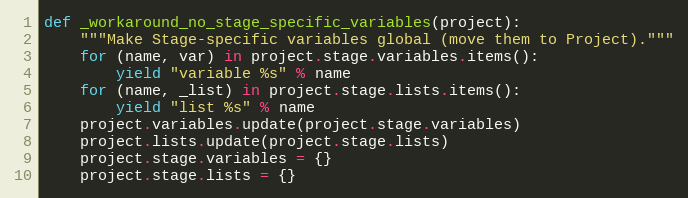
Language: Python
def _workaround_no_stage_specific_variables(project):
    """Make Stage-specific variables global (move them to Project)."""
    for (name, var) in project.stage.variables.items():
        yield "variable %s" % name
    for (name, _list) in project.stage.lists.items():
        yield "list %s" % name
    project.variables.update(project.stage.variables)
    project.lists.update(project.stage.lists)
    project.stage.variables = {}
    project.stage.lists = {}